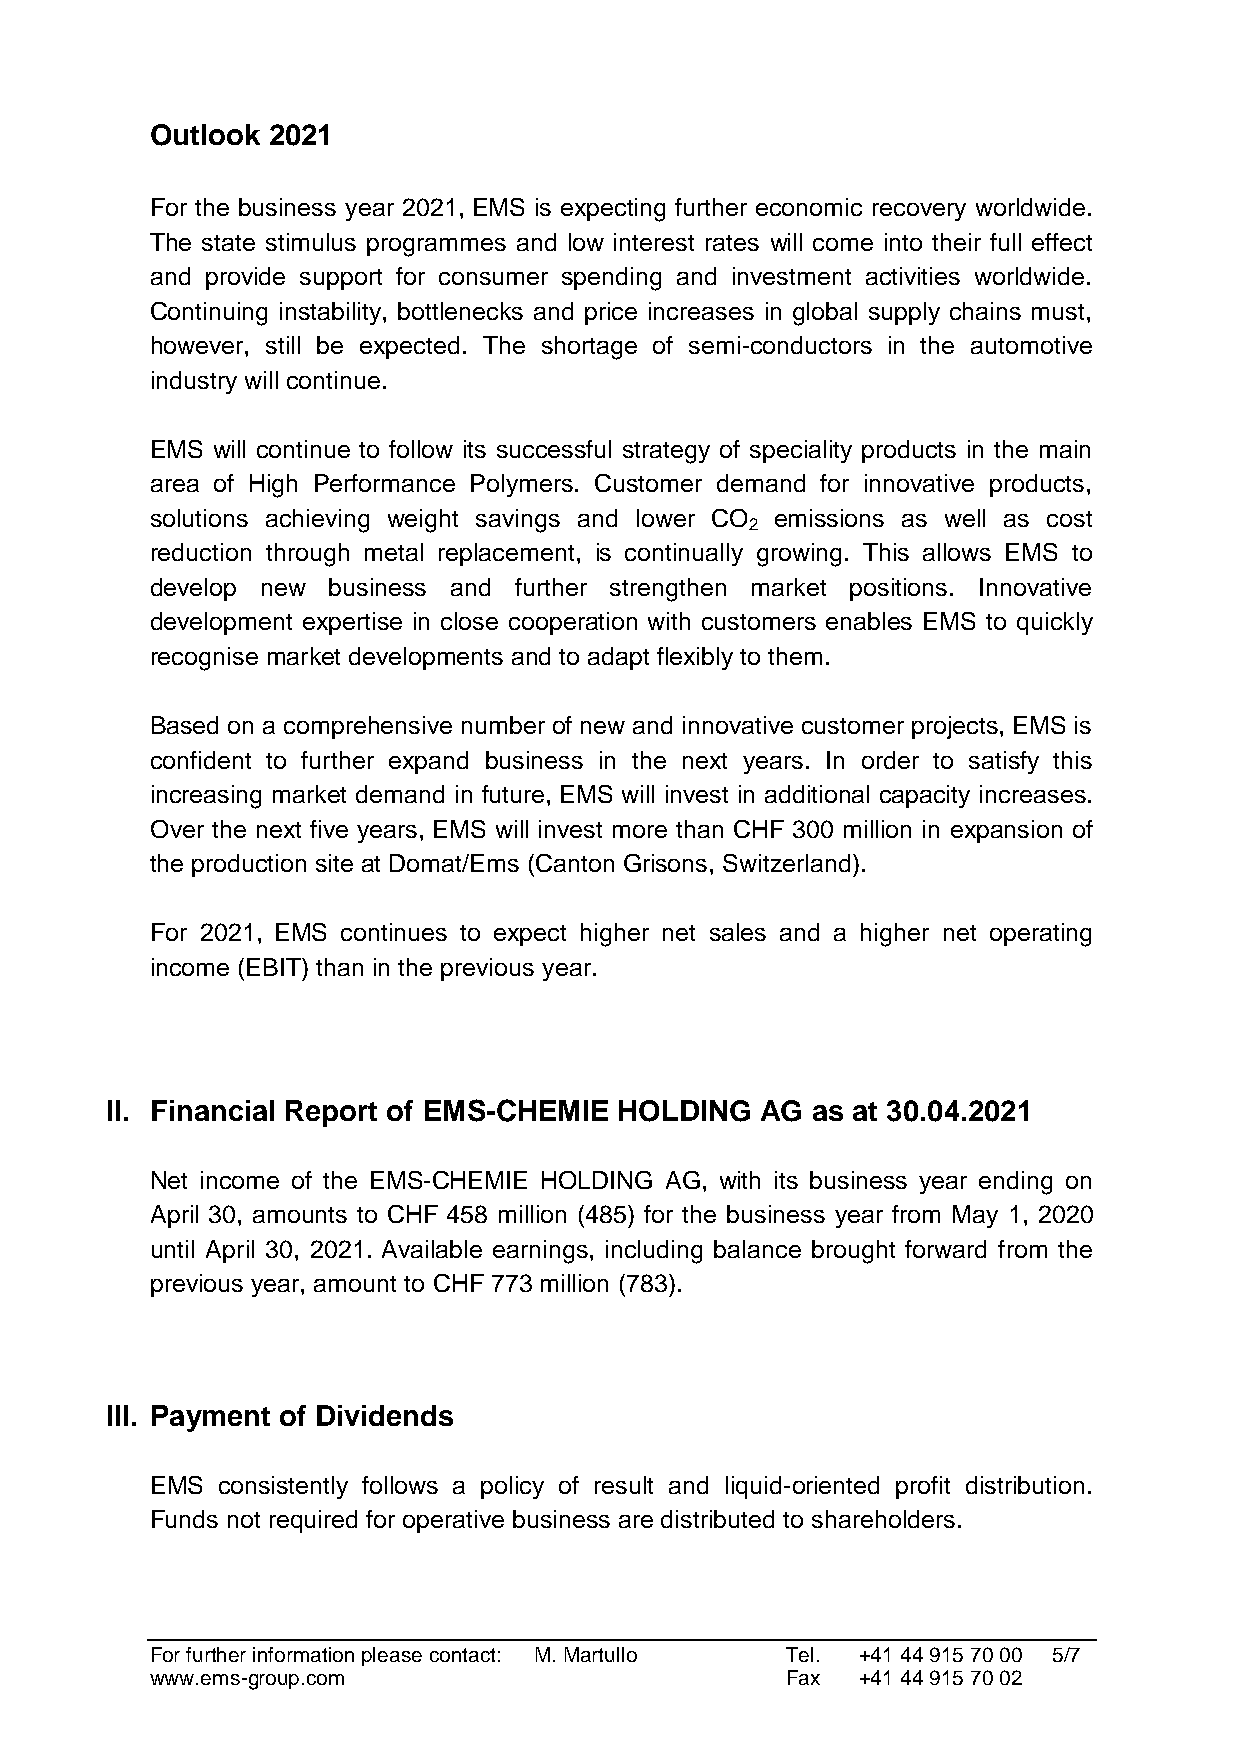
Outlook 2021
 For the business year 2021, EMS is expecting further economic recovery worldwide.
 The state stimulus programmes and low interest rates will come into their full effect
 and provide support for consumer spending and investment activities worldwide.
 Continuing instability, bottlenecks and price increases in global supply chains must,
 however, still be expected. The shortage of semi-conductors in the automotive
 industry will continue.
 EMS will continue to follow its successful strategy of speciality products in the main
 area of High Performance Polymers. Customer demand for innovative products,
 solutions achieving weight savings and lower CO emissions as well as cost
 2
 reduction through metal replacement, is continually growing. This allows EMS to
 develop new business and further strengthen market positions. Innovative
 development expertise in close cooperation with customers enables EMS to quickly
 recognise market developments and to adapt flexibly to them.
 Based on a comprehensive number of new and innovative customer projects, EMS is
 confident to further expand business in the next years. In order to satisfy this
 increasing market demand in future, EMS will invest in additional capacity increases.
 Over the next five years, EMS will invest more than CHF 300 million in expansion of
 the production site at Domat/Ems (Canton Grisons, Switzerland).
 For 2021, EMS continues to expect higher net sales and a higher net operating
 income (EBIT) than in the previous year.
 II. Financial Report of EMS-CHEMIE HOLDING AG  as at 30.04.2021
 Net income of the EMS-CHEMIE HOLDING AG, with its business year ending on
 April 30, amounts to CHF 458 million (485) for the business year from May 1, 2020
 until April 30, 2021. Available earnings, including balance brought forward from the
 previous year, amount to CHF 773 million (783).
 III. Payment of Dividends
 EMS consistently follows a policy of result and liquid-oriented profit distribution.
 Funds not required for operative business are distributed to shareholders.
 For further information please contact: M. Martullo Tel. +41 44 915 70 00 5/7
 www.ems-group.com                         Fax  +41 44 915 70 02